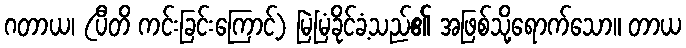
ဂတာယ၊ (ပီတိ ကင်းခြင်းကြောင့်) မြဲမြံခိုင်ခံ့သည်၏ အဖြစ်သို့ရောက်သော။ တာယ